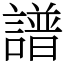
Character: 譜